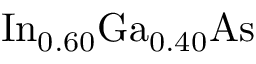
\mathrm { I n } _ { 0 . 6 0 } \mathrm { G a } _ { 0 . 4 0 } \mathrm { A s }